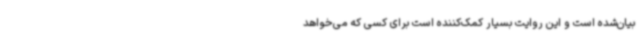
بیان‌شده است و این روایت بسیار کمک‌کننده است برای کسی که می‌خواهد